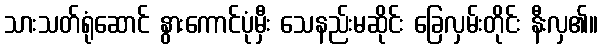
သားသတ်ရုံဆောင် နွားကောင်ပုံမှီး သေနည်းမဆိုင်း ခြေလှမ်းတိုင်း နီးလှ၏။